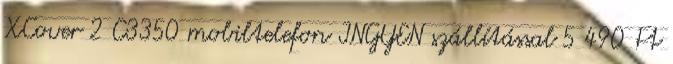
XCover 2 C3350 mobiltelefon INGYEN szállítással 5 490 Ft